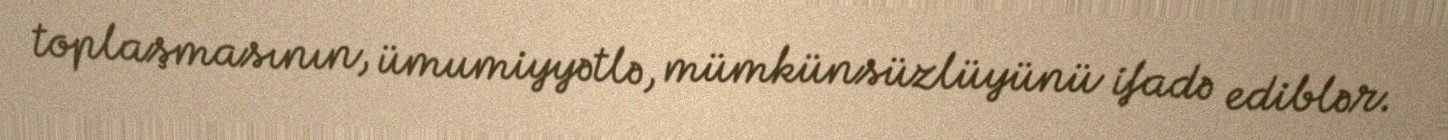
toplaşmasının, ümumiyyətlə, mümkünsüzlüyünü ifadə ediblər.